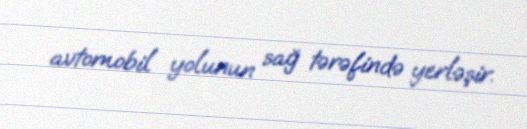
avtomobil yolunun sağ tərəfində yerləşir.